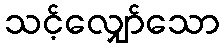
သင့်လျှော်သော